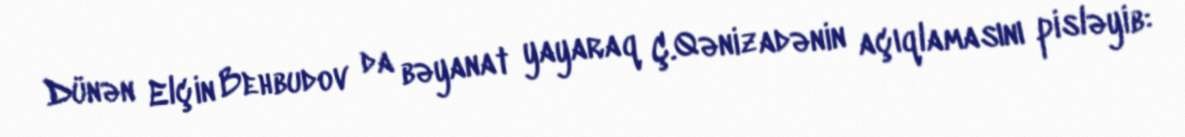
Dünən Elçin Behbudov da bəyanat yayaraq Ç.Qənizadənin açıqlamasını pisləyib: